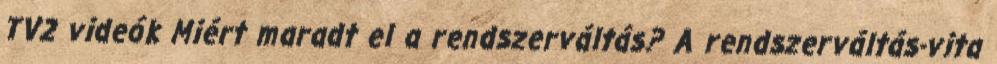
TV2 videók Miért maradt el a rendszerváltás? A rendszerváltás-vita